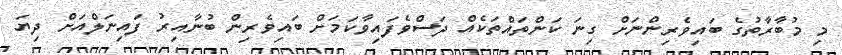
މި މުބާރާތުގެ ބައިވެރިންނަށް ގިނަ ކަންތައްތަކެއް ދަސްވެފައިވާކަމަށް ބައިވެރިން ބުނާއިރު ފައިނަލްއަށް ދިޔަ